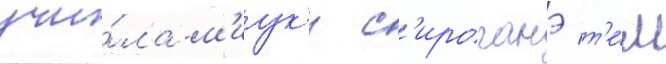
учи́ла м'иук'и с'ироганэ т'е́м